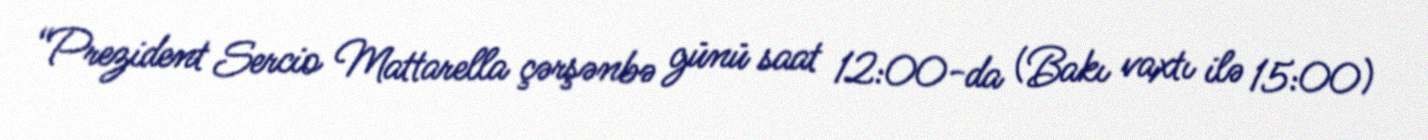
“Prezident Sercio Mattarella çərşənbə günü saat 12:00-da (Bakı vaxtı ilə 15:00)